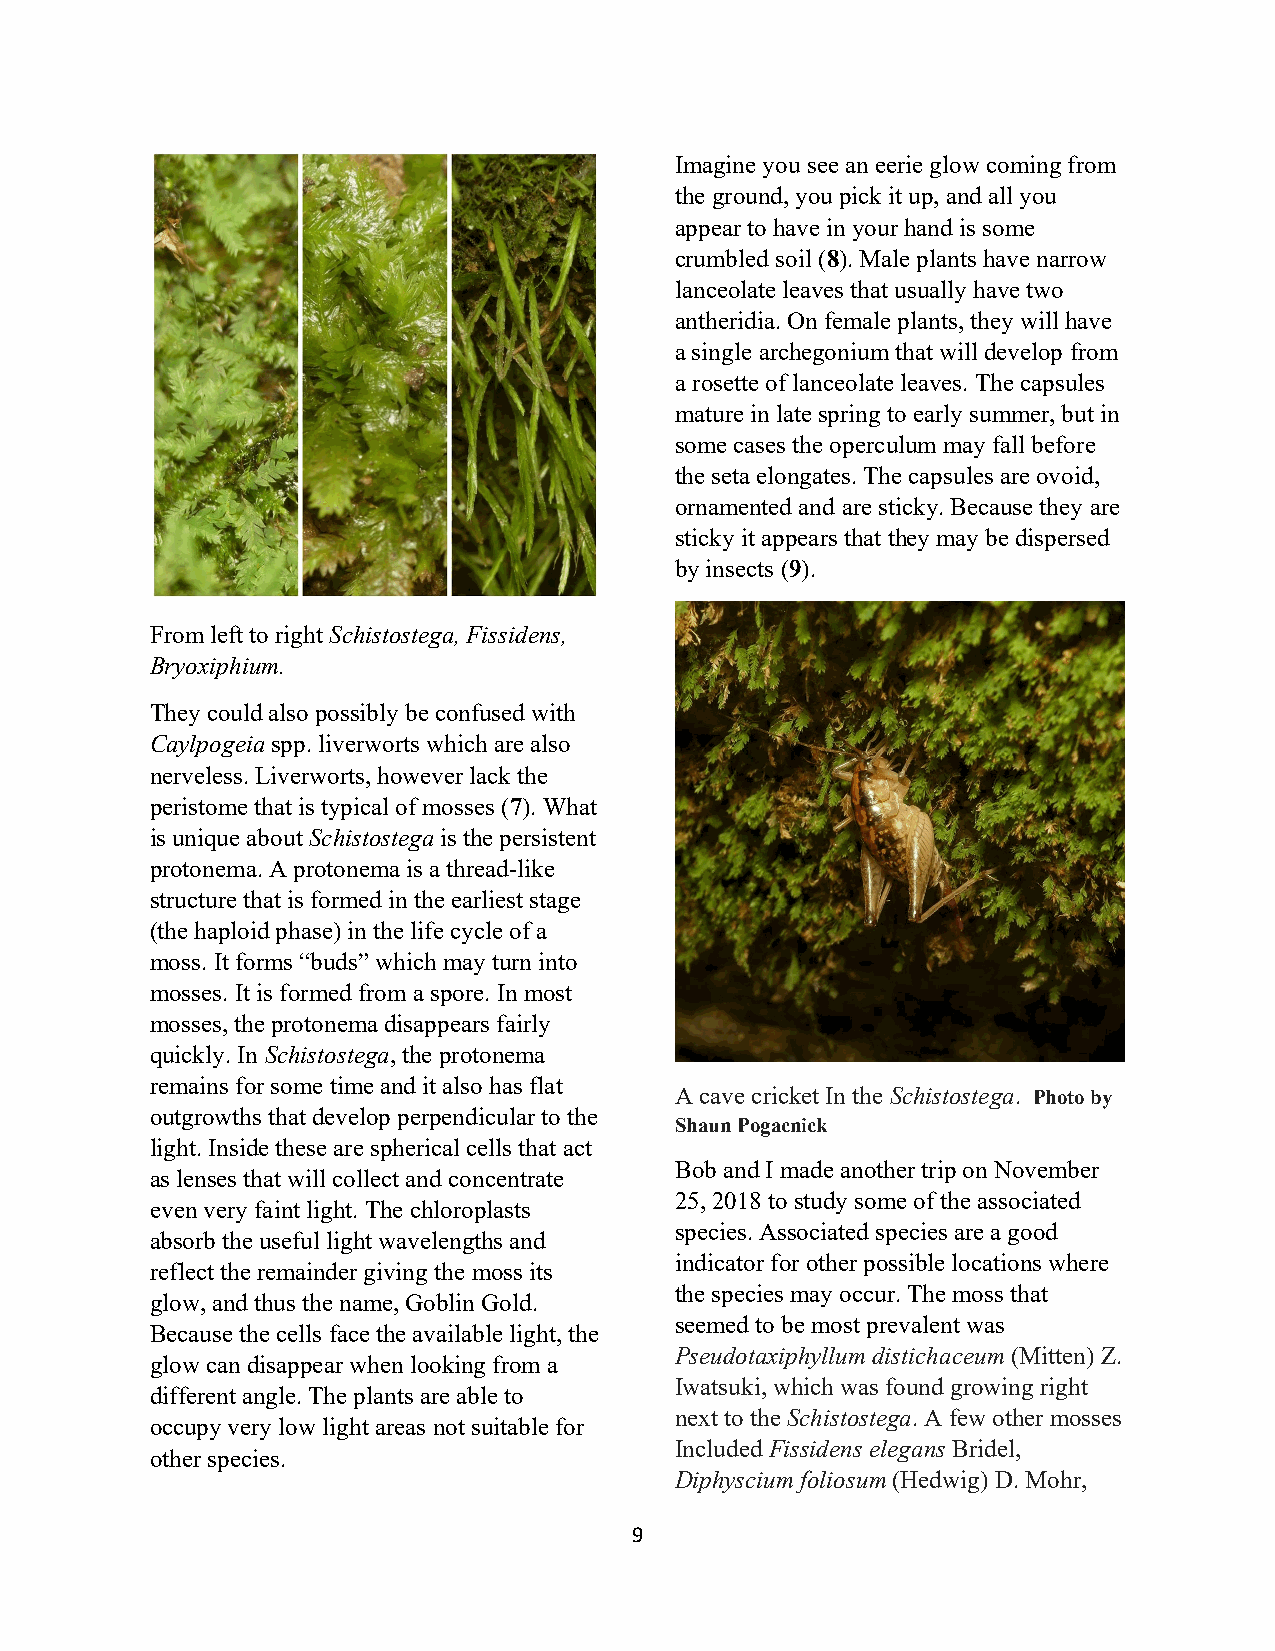
Imagine you see an eerie glow coming from
 the ground, you pick it up, and all you
 appear to have in your hand is some
 crumbled soil (8). Male plants have narrow
 lanceolate leaves that usually have two
 antheridia. On female plants, they will have
 a single archegonium that will develop from
 a rosette of lanceolate leaves. The capsules
 mature in late spring to early summer, but in
 some cases the operculum may fall before
 the seta elongates. The capsules are ovoid,
 ornamented and are sticky. Because they are
 sticky it appears that they may be dispersed
 by insects (9).
 From left to right Schistostega, Fissidens,
 Bryoxiphium.
 They could also possibly be confused with
 Caylpogeia spp. liverworts which are also
 nerveless. Liverworts, however lack the
 peristome that is typical of mosses (7). What
 is unique about Schistostega is the persistent
 protonema. A protonema is a thread-like
 structure that is formed in the earliest stage
 (the haploid phase) in the life cycle of a
 moss. It forms “buds” which may turn into
 mosses. It is formed from a spore. In most
 mosses, the protonema disappears fairly
 quickly. In Schistostega, the protonema
 remains for some time and it also has flat
 A cave cricket In the Schistostega. Photo by
 outgrowths that develop perpendicular to the
 Shaun Pogacnick
 light. Inside these are spherical cells that act
 Bob and I made another trip on November
 as lenses that will collect and concentrate
 25, 2018 to study some of the associated
 even very faint light. The chloroplasts
 species. Associated species are a good
 absorb the useful light wavelengths and
 indicator for other possible locations where
 reflect the remainder giving the moss its
 the species may occur. The moss that
 glow, and thus the name, Goblin Gold.
 seemed to be most prevalent was
 Because the cells face the available light, the
 Pseudotaxiphyllum distichaceum (Mitten) Z.
 glow can disappear when looking from a
 Iwatsuki, which was found growing right
 different angle. The plants are able to
 next to the Schistostega. A few other mosses
 occupy very low light areas not suitable for
 Included Fissidens elegans Bridel,
 other species.
 Diphyscium foliosum (Hedwig) D. Mohr,
 9